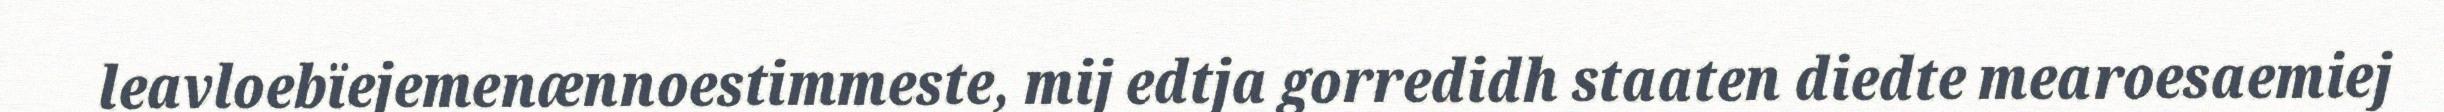
leavloebïejemenænnoestimmeste, mij edtja gorredidh staaten diedte mearoesaemiej